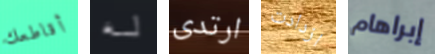
أقاطعك له ارتدى ازدادت إبراهام